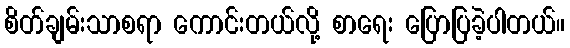
စိတ်ချမ်းသာစရာ ကောင်းတယ်လို့ စာရေး ပြောပြခဲ့ပါတယ်။